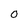
Character: O